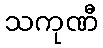
သကုဏီ